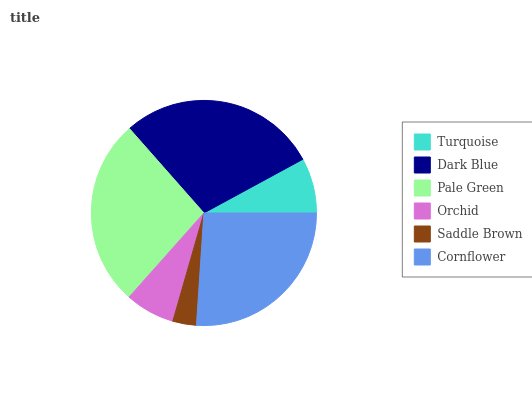
| Turquoise | Dark Blue | Pale Green | Orchid | Saddle Brown | Cornflower |
 | --- | --- | --- | --- | --- | --- |
 | 7.9% | 28.6% | 26.9% | 7.11% | 3.4% | 26.1% |